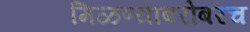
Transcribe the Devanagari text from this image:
मिळण्याबरोबरच